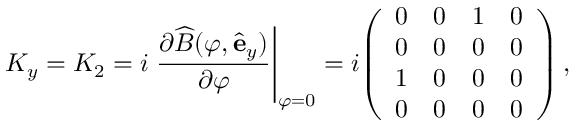
K _ { y } = K _ { 2 } = i \left. { \frac { \partial { \widehat { B } } ( \varphi , { \hat { \mathbf { e } } } _ { y } ) } { \partial \varphi } } \right| _ { \varphi = 0 } = i { \left( \begin{array} { l l l l } { 0 } & { 0 } & { 1 } & { 0 } \\ { 0 } & { 0 } & { 0 } & { 0 } \\ { 1 } & { 0 } & { 0 } & { 0 } \\ { 0 } & { 0 } & { 0 } & { 0 } \end{array} \right) } \, ,